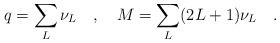
LaTeX: \begin{align*}q=\sum_{L}\nu _{L}\quad,\quad M=\sum_{L} (2L+1)\nu _{L}\quad .\end{align*}